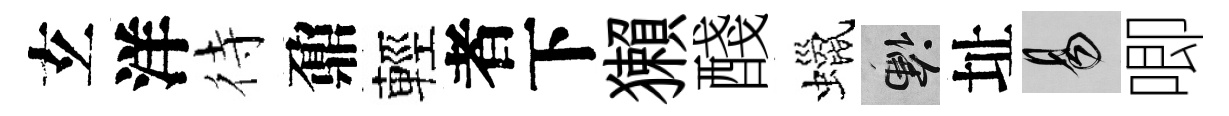
𤣥洋待鼐輕者下獺醆蠟懸址易唧